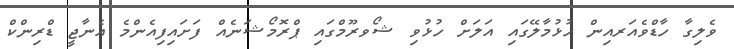
ވެލިގާ ހާޑްވެއަރއިން ހުޅުމާލޭގައި އަލަށް ހުޅުވި ޝޯވރޫމްގައި ޕްރޮމޯޝަނެއް ފަށައިފިއެންމެ އެނާޖީ ޑްރިންކް